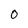
Character: 0